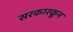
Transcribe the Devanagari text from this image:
सरकारकून